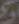
و